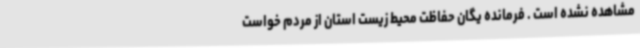
مشاهده نشده است . فرمانده یگان حفاظت محیط زیست استان از مردم خواست